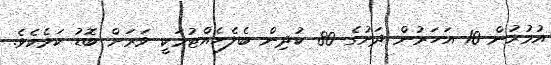
އުމުރުން 10 އަހަރުން ދަށުގެ 80 ކުދިން ބެލެހެއްޓުމަކީ ވަރަށް ބޮޑު ކަމެކެވެ.